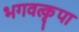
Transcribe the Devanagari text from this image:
भगवत्कृपा